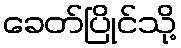
ခေတ်ပြိုင်သို့